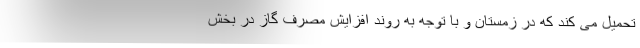
تحمیل می کند که در زمستان و با توجه به روند افزایش مصرف گاز در بخش